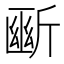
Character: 𣂱